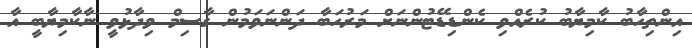
އިންތިހާބު ކާމިޔާބު ކުރެއްވި ކެންޑިޑޭޓުންނަށް މަރުހަބާ ދަންނަވަމުން ގާސިމް ވިދާޅުވީ ނާކާމިޔާބީ އާ